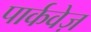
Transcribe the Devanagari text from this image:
पार्कवेज़